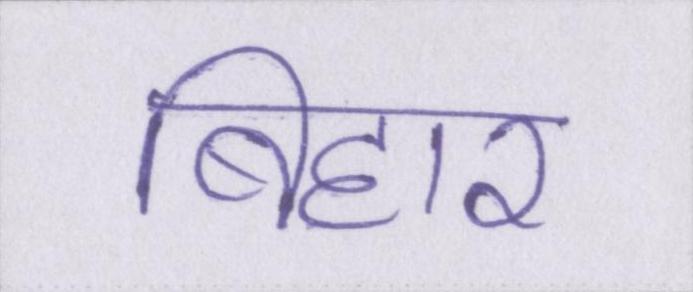
बिहार